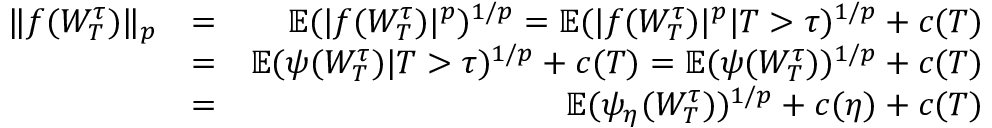
\begin{array} { r l r } { \| f ( W _ { T } ^ { \tau } ) \| _ { p } } & { = } & { \mathbb { E } ( | f ( W _ { T } ^ { \tau } ) | ^ { p } ) ^ { 1 / p } = \mathbb { E } ( | f ( W _ { T } ^ { \tau } ) | ^ { p } | T > \tau ) ^ { 1 / p } + c ( T ) } \\ & { = } & { \mathbb { E } ( \psi ( W _ { T } ^ { \tau } ) | T > \tau ) ^ { 1 / p } + c ( T ) = \mathbb { E } ( \psi ( W _ { T } ^ { \tau } ) ) ^ { 1 / p } + c ( T ) } \\ & { = } & { \mathbb { E } ( \psi _ { \eta } ( W _ { T } ^ { \tau } ) ) ^ { 1 / p } + c ( \eta ) + c ( T ) } \end{array}